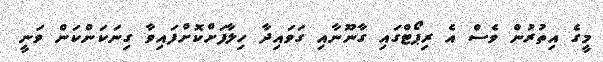
މީގެ އިތުރުން ވެސް އެ ރިޕޯޓްގައި ގާނޫނާއި ގަވައިދާ ހިލާފަށްކޮށްފައިވާ ގިނަކަންކަން ވަނީ